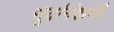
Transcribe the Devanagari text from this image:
सूर्यानंदांनी